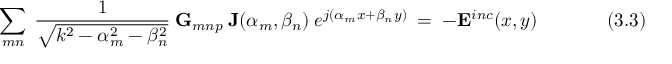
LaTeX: ~ \sum _ { m n } ~ { \frac { 1 } { \sqrt { k ^ { 2 } - \alpha _ { m } ^ { 2 } - \beta _ { n } ^ { 2 } } } } ~ \mathbf { G } _ { m n p } ~ \mathbf { J } ( \alpha _ { m } , \beta _ { n } ) ~ e ^ { j ( \alpha _ { m } x + \beta _ { n } y ) } ~ = ~ - \mathbf { E } ^ { i n c } ( x , y ) ~ ~ ~ ~ ~ ~ ~ ~ ~ ~ ~ ~ ~ ~ ~ ~ ( 3 . 3 )